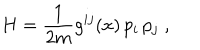
LaTeX: H = \frac { 1 } { 2 m } g ^ { i j } ( x ) \, p _ { i } \, p _ { j } \; ,